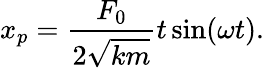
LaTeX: x_{p}={\frac{F_{0}}{2{\sqrt{km}}}}t\sin(\omega t).